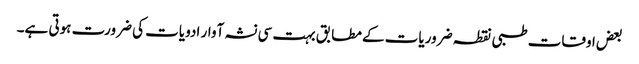
بعض اوقات طبی نقطہ ضروریات کے مطابق بہت سی نشہ آوار ادویات کی ضرورت ہوتی ہے۔